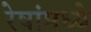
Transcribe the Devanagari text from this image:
रेषांमध्ये